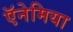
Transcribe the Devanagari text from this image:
ऍनेमिया